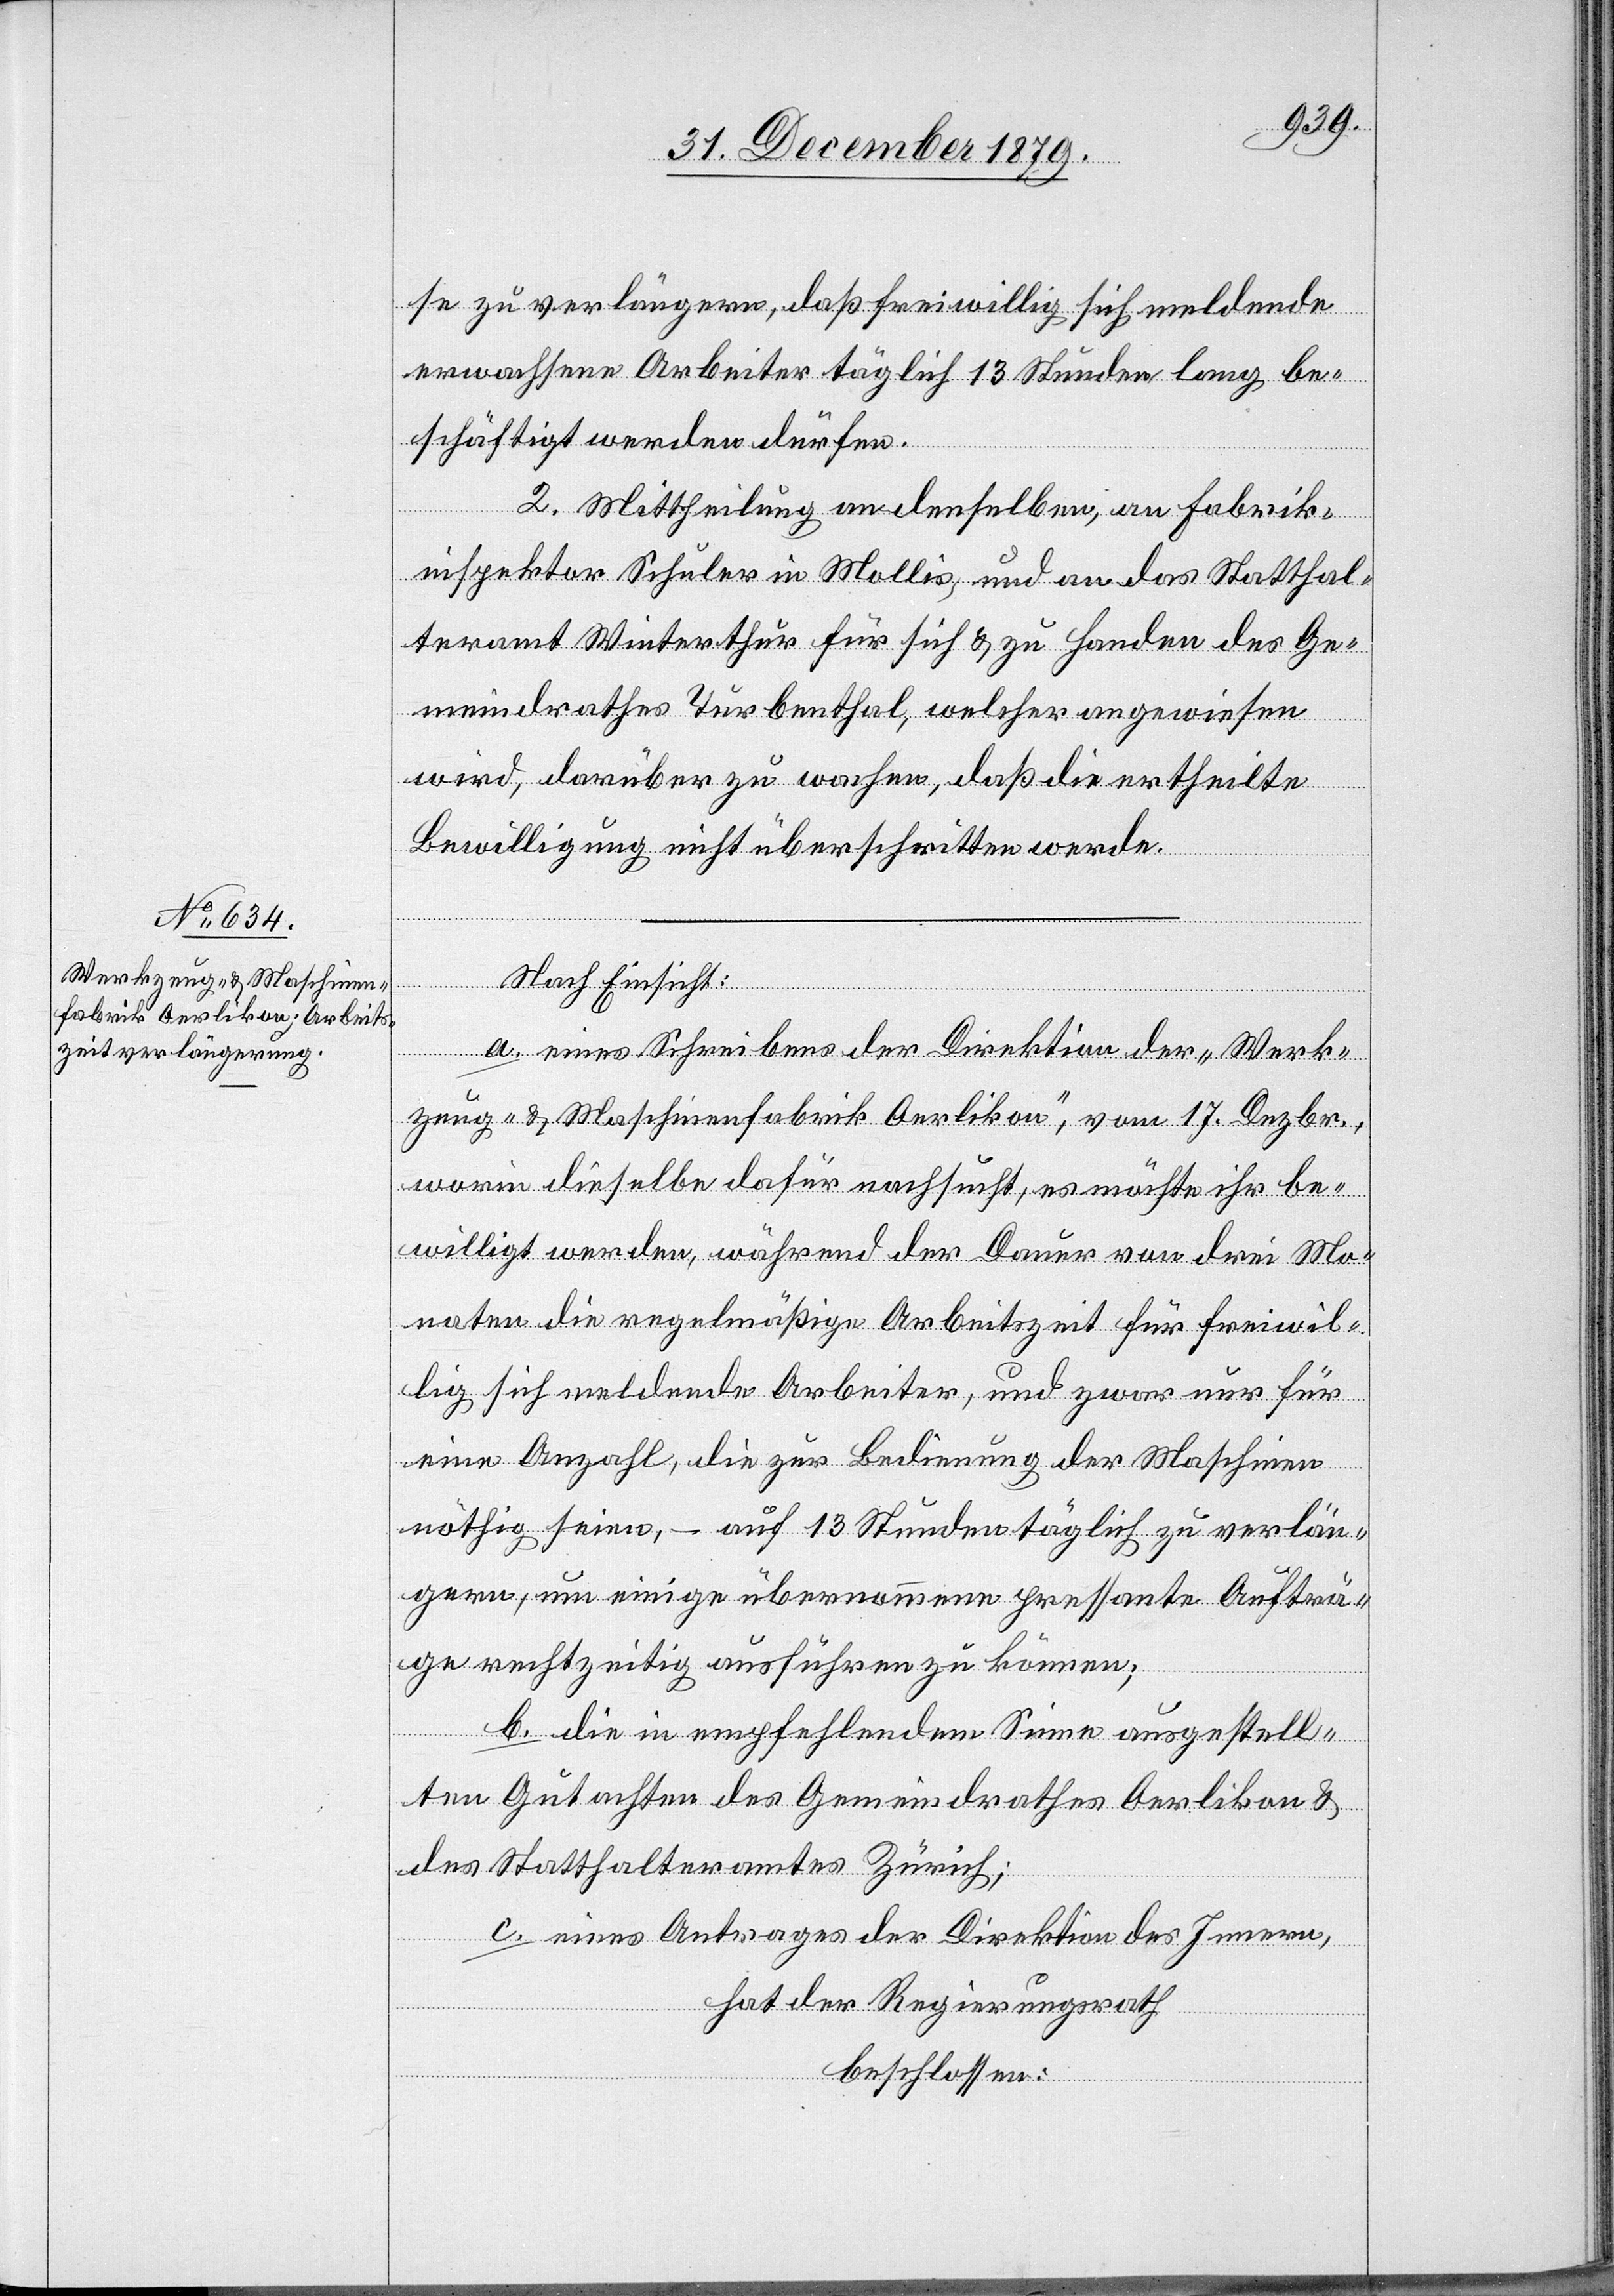
se zu verlängern, daß freiwillig sich meldende
erwachsene Arbeiter täglich 13 Stunden lang be¬
schäftigt werden dürfen.
2. Mittheilung an denselben, an Fabrik¬
inspektor Schuler in Mollis, und an das Statthal¬
teramt Winterthur für sich & zu Handen des Ge¬
meindrathes Turbenthal, welcher angewiesen
wird, darüber zu wachen, daß die ertheilte
Bewilligung nicht überschritten werde.
Nach Einsicht:
a. eines Schreibens der Direktion der „Werk¬
zeug- & Maschinenfabrik Oerlikon“, vom 17. Dezbr.,
worin dieselbe dafür nachsucht, es möchte ihr be¬
willigt werden, während der Dauer von drei Mo¬
naten die regelmäßige Arbeitszeit für freiwil¬
lig sich meldende Arbeiter, und zwar nur für
eine Anzahl, die zur Bedienung der Maschine
nöthig seien, – auf 13 Stunden täglich zu verlän¬
gern, um einige übernommene pressante Aufträ¬
ge rechtzeitig ausführen zu können;
b. die in empfehlendem Sinne ausgestell¬
ten Gutachten des Gemeindrathes Oerlikon &
des Statthalteramtes Zürich;
c. eines Antrages der Direktion des Innern,
hat der Regierungsrath
beschlossen: